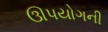
ઊપયોગની